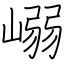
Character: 嵶